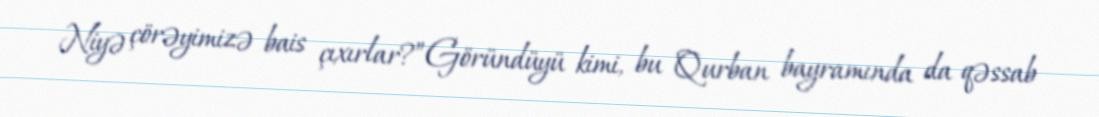
Niyə çörəyimizə bais çıxırlar?”Göründüyü kimi, bu Qurban bayramında da qəssab